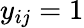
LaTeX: y_{ij}=1